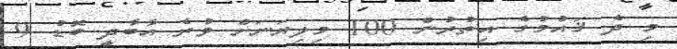
މި ދެ ޤައުމުގެ އިތުރުން 100 މިލިޔަނަށް ވުރެ އާބާދީ ބޮޑު 9